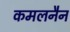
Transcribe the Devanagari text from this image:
कमलनैन